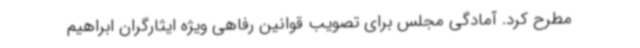
مطرح کرد. آمادگی مجلس برای تصویب قوانین رفاهی ویژه ایثارگران ابراهیم